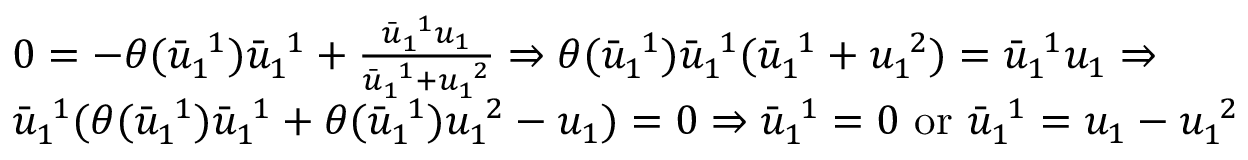
\begin{array} { r l } & { 0 = - \theta ( \bar { u } _ { 1 \ } ^ { \ 1 } ) \bar { u } _ { 1 \ } ^ { \ 1 } + \frac { \bar { u } _ { 1 \ } ^ { \ 1 } u _ { 1 } } { \bar { u } _ { 1 \ } ^ { \ 1 } + u _ { 1 \ } ^ { \ 2 } } \Rightarrow \theta ( \bar { u } _ { 1 \ } ^ { \ 1 } ) \bar { u } _ { 1 \ } ^ { \ 1 } ( \bar { u } _ { 1 \ } ^ { \ 1 } + u _ { 1 \ } ^ { \ 2 } ) = \bar { u } _ { 1 \ } ^ { \ 1 } u _ { 1 } \Rightarrow } \\ & { \bar { u } _ { 1 \ } ^ { \ 1 } ( \theta ( \bar { u } _ { 1 \ } ^ { \ 1 } ) \bar { u } _ { 1 \ } ^ { \ 1 } + \theta ( \bar { u } _ { 1 \ } ^ { \ 1 } ) u _ { 1 \ } ^ { \ 2 } - u _ { 1 } ) = 0 \Rightarrow \bar { u } _ { 1 \ } ^ { \ 1 } = 0 \mathrm { ~ o r ~ } \bar { u } _ { 1 \ } ^ { \ 1 } = u _ { 1 } - u _ { 1 \ } ^ { \ 2 } } \end{array}